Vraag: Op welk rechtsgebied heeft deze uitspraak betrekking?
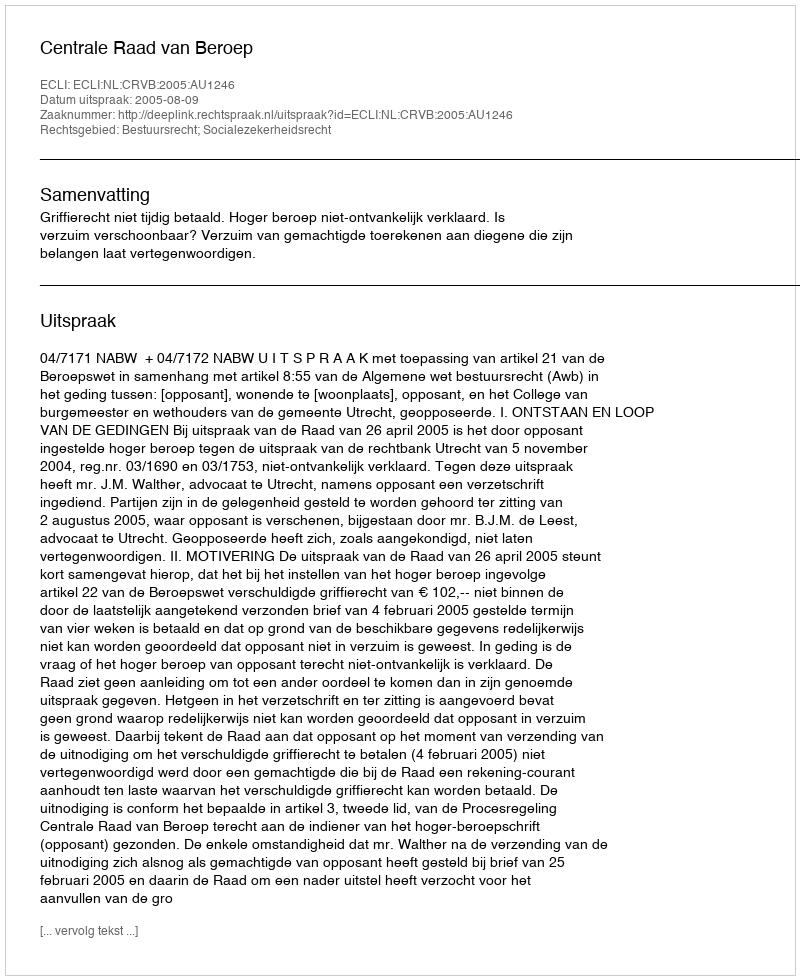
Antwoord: Bestuursrecht; Socialezekerheidsrecht